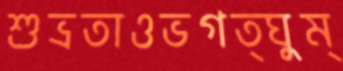
শুভ্রতাওভগত্ঘুম্